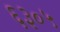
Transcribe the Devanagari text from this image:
६३०५